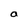
Character: a